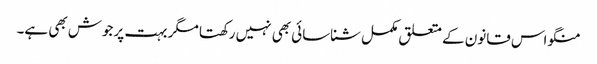
منگو اس قانون کے متعلق مکمل شناسائی بھی نہیں رکھتا مگر بہت پرجوش بھی ہے۔